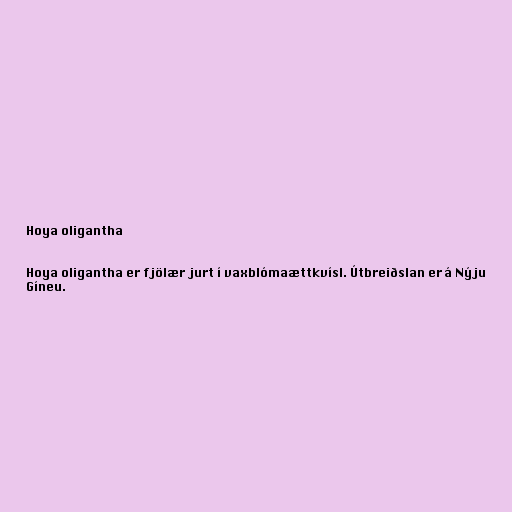
Hoya oligantha

Hoya oligantha er fjölær jurt í vaxblómaættkvísl. Útbreiðslan er á Nýju
Gíneu.